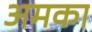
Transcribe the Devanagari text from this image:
अमका